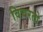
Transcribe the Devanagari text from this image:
विचरतो